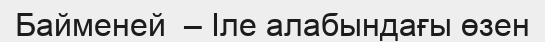
Байменей  – Іле алабындағы өзен